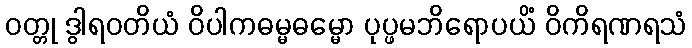
ဝတ္တု ဒွါရဝတိယံ ဝိပါကဓမ္မဓမ္မော ပုပ္ဖမဘိရောပယိံ ဝိကိရဏရသံ